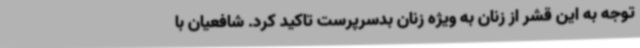
توجه به این قشر از زنان به ویژه زنان بدسرپرست تاکید کرد. شافعیان با